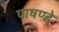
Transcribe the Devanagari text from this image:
पाषण्डे